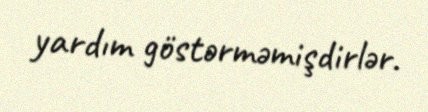
yardım göstərməmişdirlər.